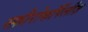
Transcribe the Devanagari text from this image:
स्फ़ीरोकॉर्पेलीज़